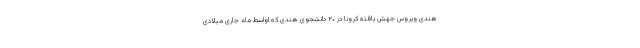
هندی ویروس جهش یافته کرونا در ۲۰ دانشجوی هندی که اواسط ماه جاری میلادی